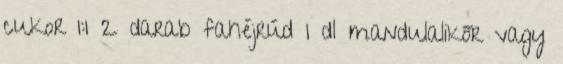
cukor 1:1 2 darab fahéjrúd 1 dl mandulalikőr vagy